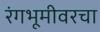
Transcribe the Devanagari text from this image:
रंगभूमीवरचा